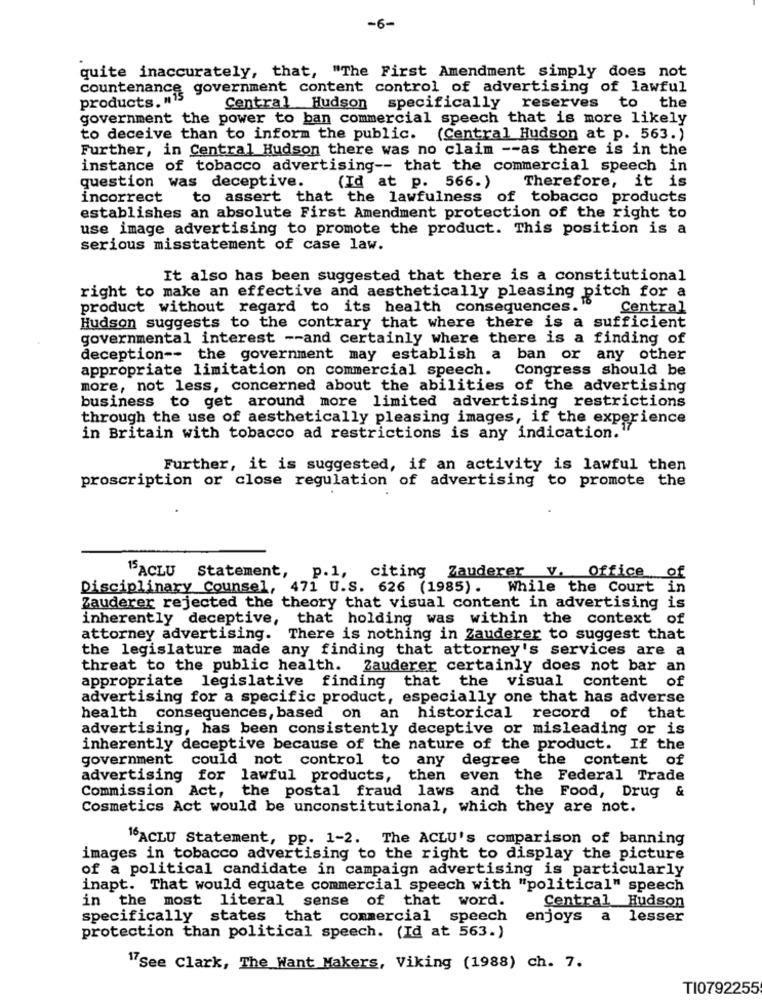
-6-
quite inaccurately, that, "The First Amendment simply does not
countenance government content control of advertising of lawful
products. ""
Central Hudson specifically reserves to the
government the power to ban commercial speech that is more likely
to deceive than to inform the public.
(Central Hudson at p. 563.)
Further, in Central Hudson there was no claim -- as there is in the
instance of tobacco advertising -- that the commercial speech in
Therefore, it is
question was deceptive.
(Id at p. 566.)
incorrect to assert that the lawfulness of tobacco products
establishes an absolute First Amendment protection of the right to
use image advertising to promote the product. This position is a
serious misstatement of case law.
It also has been suggested that there is a constitutional
right to make an effective and aesthetically pleasing pitch for a
product without regard to its health consequences.
Central
Hudson suggests to the contrary that where there is a sufficient
governmental interest -- and certainly where there is a finding of
deception -- the government may establish a ban or any other
Congress should be
appropriate limitation on commercial speech.
more, not less, concerned about the abilities of the advertising
business to get around more limited advertising restrictions
through the use of aesthetically pleasing images, if the experience
in Britain with tobacco ad restrictions is any indication.
Further, it is suggested, if an activity is lawful then
proscription or close regulation of advertising to promote the
15ACLU Statement,
p.1, citing Zauderer v. Office of
Disciplinary Counsel, 471 U.S. 626 (1985) .
While the Court
in
Zauderer rejected the theory that visual content in advertising is
inherently deceptive,
that holding was within the context of
attorney advertising.
There is nothing in Zauderer to suggest that
the legislature made any finding that attorney's services are a
threat to the public health. Zauderer certainly does not bar an
appropriate legislative finding that the visual content of
advertising for a specific product, especially one that has adverse
health consequences, based on an historical record of that
advertising, has been consistently deceptive or misleading or is
inherently deceptive because of the nature of the product. If the
government could not control to any degree the content of
advertising for lawful products,
then even the Federal Trade
Commission Act,
the postal fraud laws and the Food, Drug &
Cosmetics Act would be unconstitutional, which they are not.
"ACLU Statement, pp. 1-2. The ACLU's comparison of banning
images in tobacco advertising to the right to display the picture
of a political candidate in campaign advertising is particularly
inapt. That would equate commercial speech with "political" speech
in the most literal sense of that word.
Central Hudson
specifically states that commercial speech
enjoys a lesser
protection than political speech. (Id at 563.)
17See Clark, The Want Makers, Viking (1988) ch. 7.
TI0792255